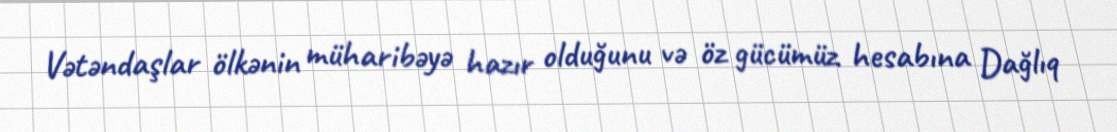
Vətəndaşlar ölkənin müharibəyə hazır olduğunu və öz gücümüz hesabına Dağlıq